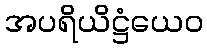
အပရိယိဋ္ဌံယေဝ